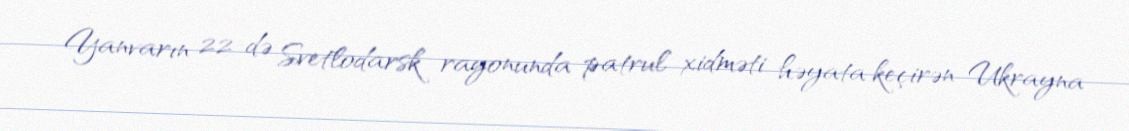
Yanvarın 22-də Svetlodarsk rayonunda patrul xidməti həyata keçirən Ukrayna